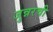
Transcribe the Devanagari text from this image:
जुन्नरची